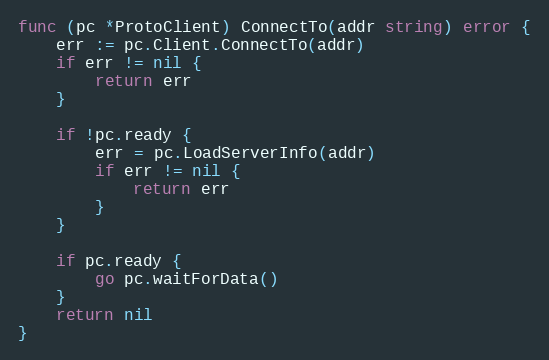
Language: Go
func (pc *ProtoClient) ConnectTo(addr string) error {
	err := pc.Client.ConnectTo(addr)
	if err != nil {
		return err
	}

	if !pc.ready {
		err = pc.LoadServerInfo(addr)
		if err != nil {
			return err
		}
	}

	if pc.ready {
		go pc.waitForData()
	}
	return nil
}